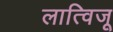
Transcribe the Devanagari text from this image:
लात्विजू